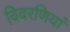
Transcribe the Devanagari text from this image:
विवरणियां